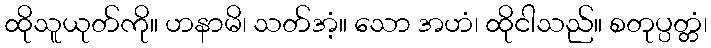
ထိုသူယုတ်ကို။ ဟနာမိ၊ သတ်အံ့။ သော အဟံ၊ ထိုငါသည်။ စတုပ္ပတ္တံ၊